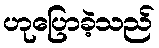
ဟုပြောခဲ့သည်